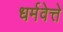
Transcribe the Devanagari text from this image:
धर्मवेत्ते